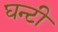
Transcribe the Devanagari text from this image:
घन्टी